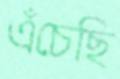
এঁচেছি